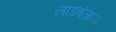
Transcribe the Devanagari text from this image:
लाडबंजारा